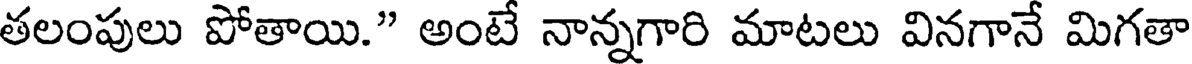
తలంపులు పోతాయి." అంటే నాన్నగారి మాటలు వినగానే మిగతా